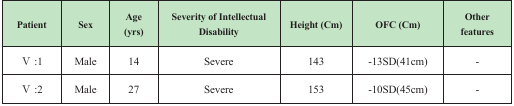
| Patient | Sex | Age(yrs) | Severity of Intellectual Disability | Height (Cm) | OFC (Cm) | Other features |
 | --- | --- | --- | --- | --- | --- | --- |
 | V :1 | Male | 14 | Severe | 143 | -13SD(41cm) | - |
 | V :2 | Male | 27 | Severe | 153 | -10SD(45cm) | - |